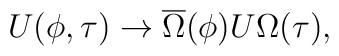
U(\phi,\tau) \rightarrow \overline{\Omega}(\phi) U \Omega(\tau),